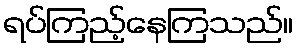
ရပ်ကြည့်နေကြသည်။